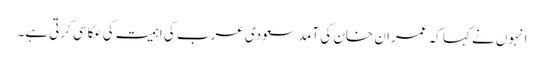
انہوں نے کہا کہ عمران خان کی آمد سعودی عرب کی اہمیت کی عکاسی کرتی ہے۔